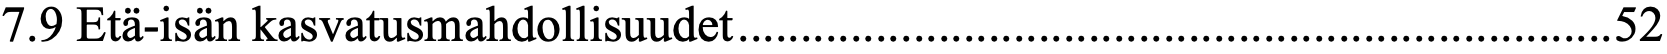
7.9 Etä-isän kasvatusmahdollisuudet ...................................................................... 52